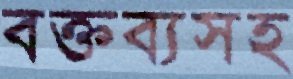
বক্তব্যসহ